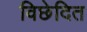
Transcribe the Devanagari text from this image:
विछेदित